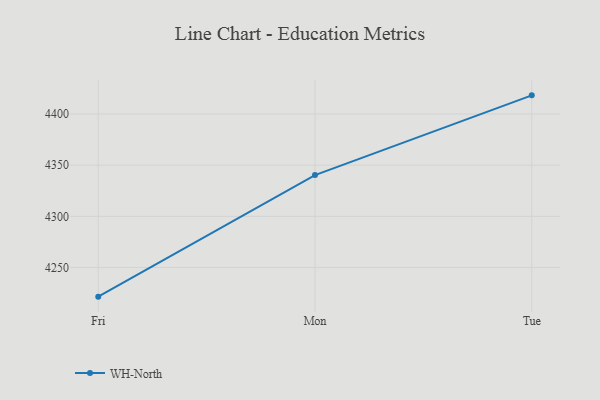
{"axis": {"x": "Day", "y": "Inventory Turnover"}, "legend": ["WH-North"], "data": [{"x": "Fri", "y": 4221.5, "type": "WH-North"}, {"x": "Mon", "y": 4340.3, "type": "WH-North"}, {"x": "Tue", "y": 4418.2, "type": "WH-North"}]}